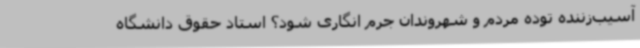
آسیب‌زننده توده مردم و شهروندان جرم انگاری شود؟ استاد حقوق دانشگاه